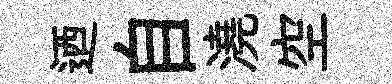
迺自澆空